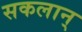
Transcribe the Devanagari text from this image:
सकलान्